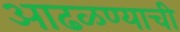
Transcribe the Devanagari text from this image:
आढळण्याची